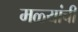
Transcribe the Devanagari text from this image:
मळ्यांची